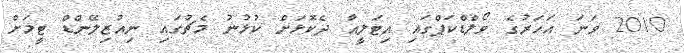
2010 ވަނަ އަހަރުގެ ވޯލްޑްކަޕްގައި އިޓަލީއާ ދެކޮޅަށް ކުޅުނު މެޗުގައި ނިއުޒިލޭންޑް ޓީމަށް